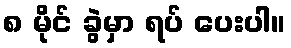
၈ မိုင် ခွဲမှာ ရပ် ပေးပါ။